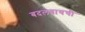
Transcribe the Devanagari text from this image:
बदलवायची